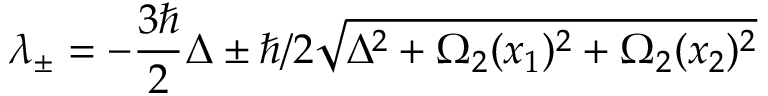
\lambda _ { \pm } = - \frac { 3 \hbar } { 2 } \Delta \pm \hbar / 2 \sqrt { \Delta ^ { 2 } + \Omega _ { 2 } ( x _ { 1 } ) ^ { 2 } + \Omega _ { 2 } ( x _ { 2 } ) ^ { 2 } }